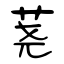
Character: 荛